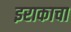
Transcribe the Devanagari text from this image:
इराकाचा